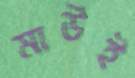
মাউই